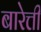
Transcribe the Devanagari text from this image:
बारेत्ती